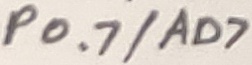
Text: P0.7/AD7